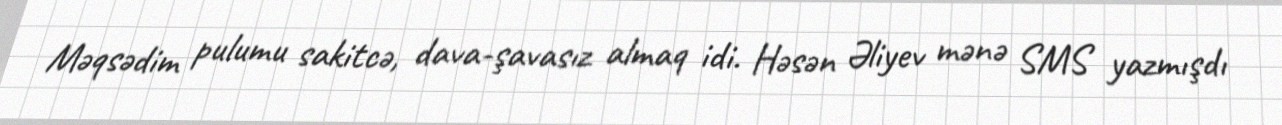
Məqsədim pulumu sakitcə, dava-şavasız almaq idi. Həsən Əliyev mənə SMS yazmışdı